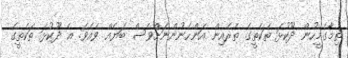
ތިމާގެމީހުން ދޫކުޅަ ތަކެތީގެ ތެރެއިން އަންހެނުންނަށްވެސް ބަޔެއް ވެއެވެ. އެ ދޫކުޅަ ތަކެތީގެ